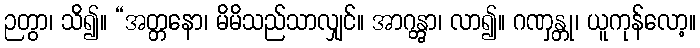
ဉတွာ၊ သိ၍။ “အတ္တနော၊ မိမိသည်သာလျှင်။ အာဂန္တွာ၊ လာ၍။ ဂဏှန္တု၊ ယူကုန်လော့။